NAE_EAOK_eestikeelsed_sunnimeetrikad, lk 84
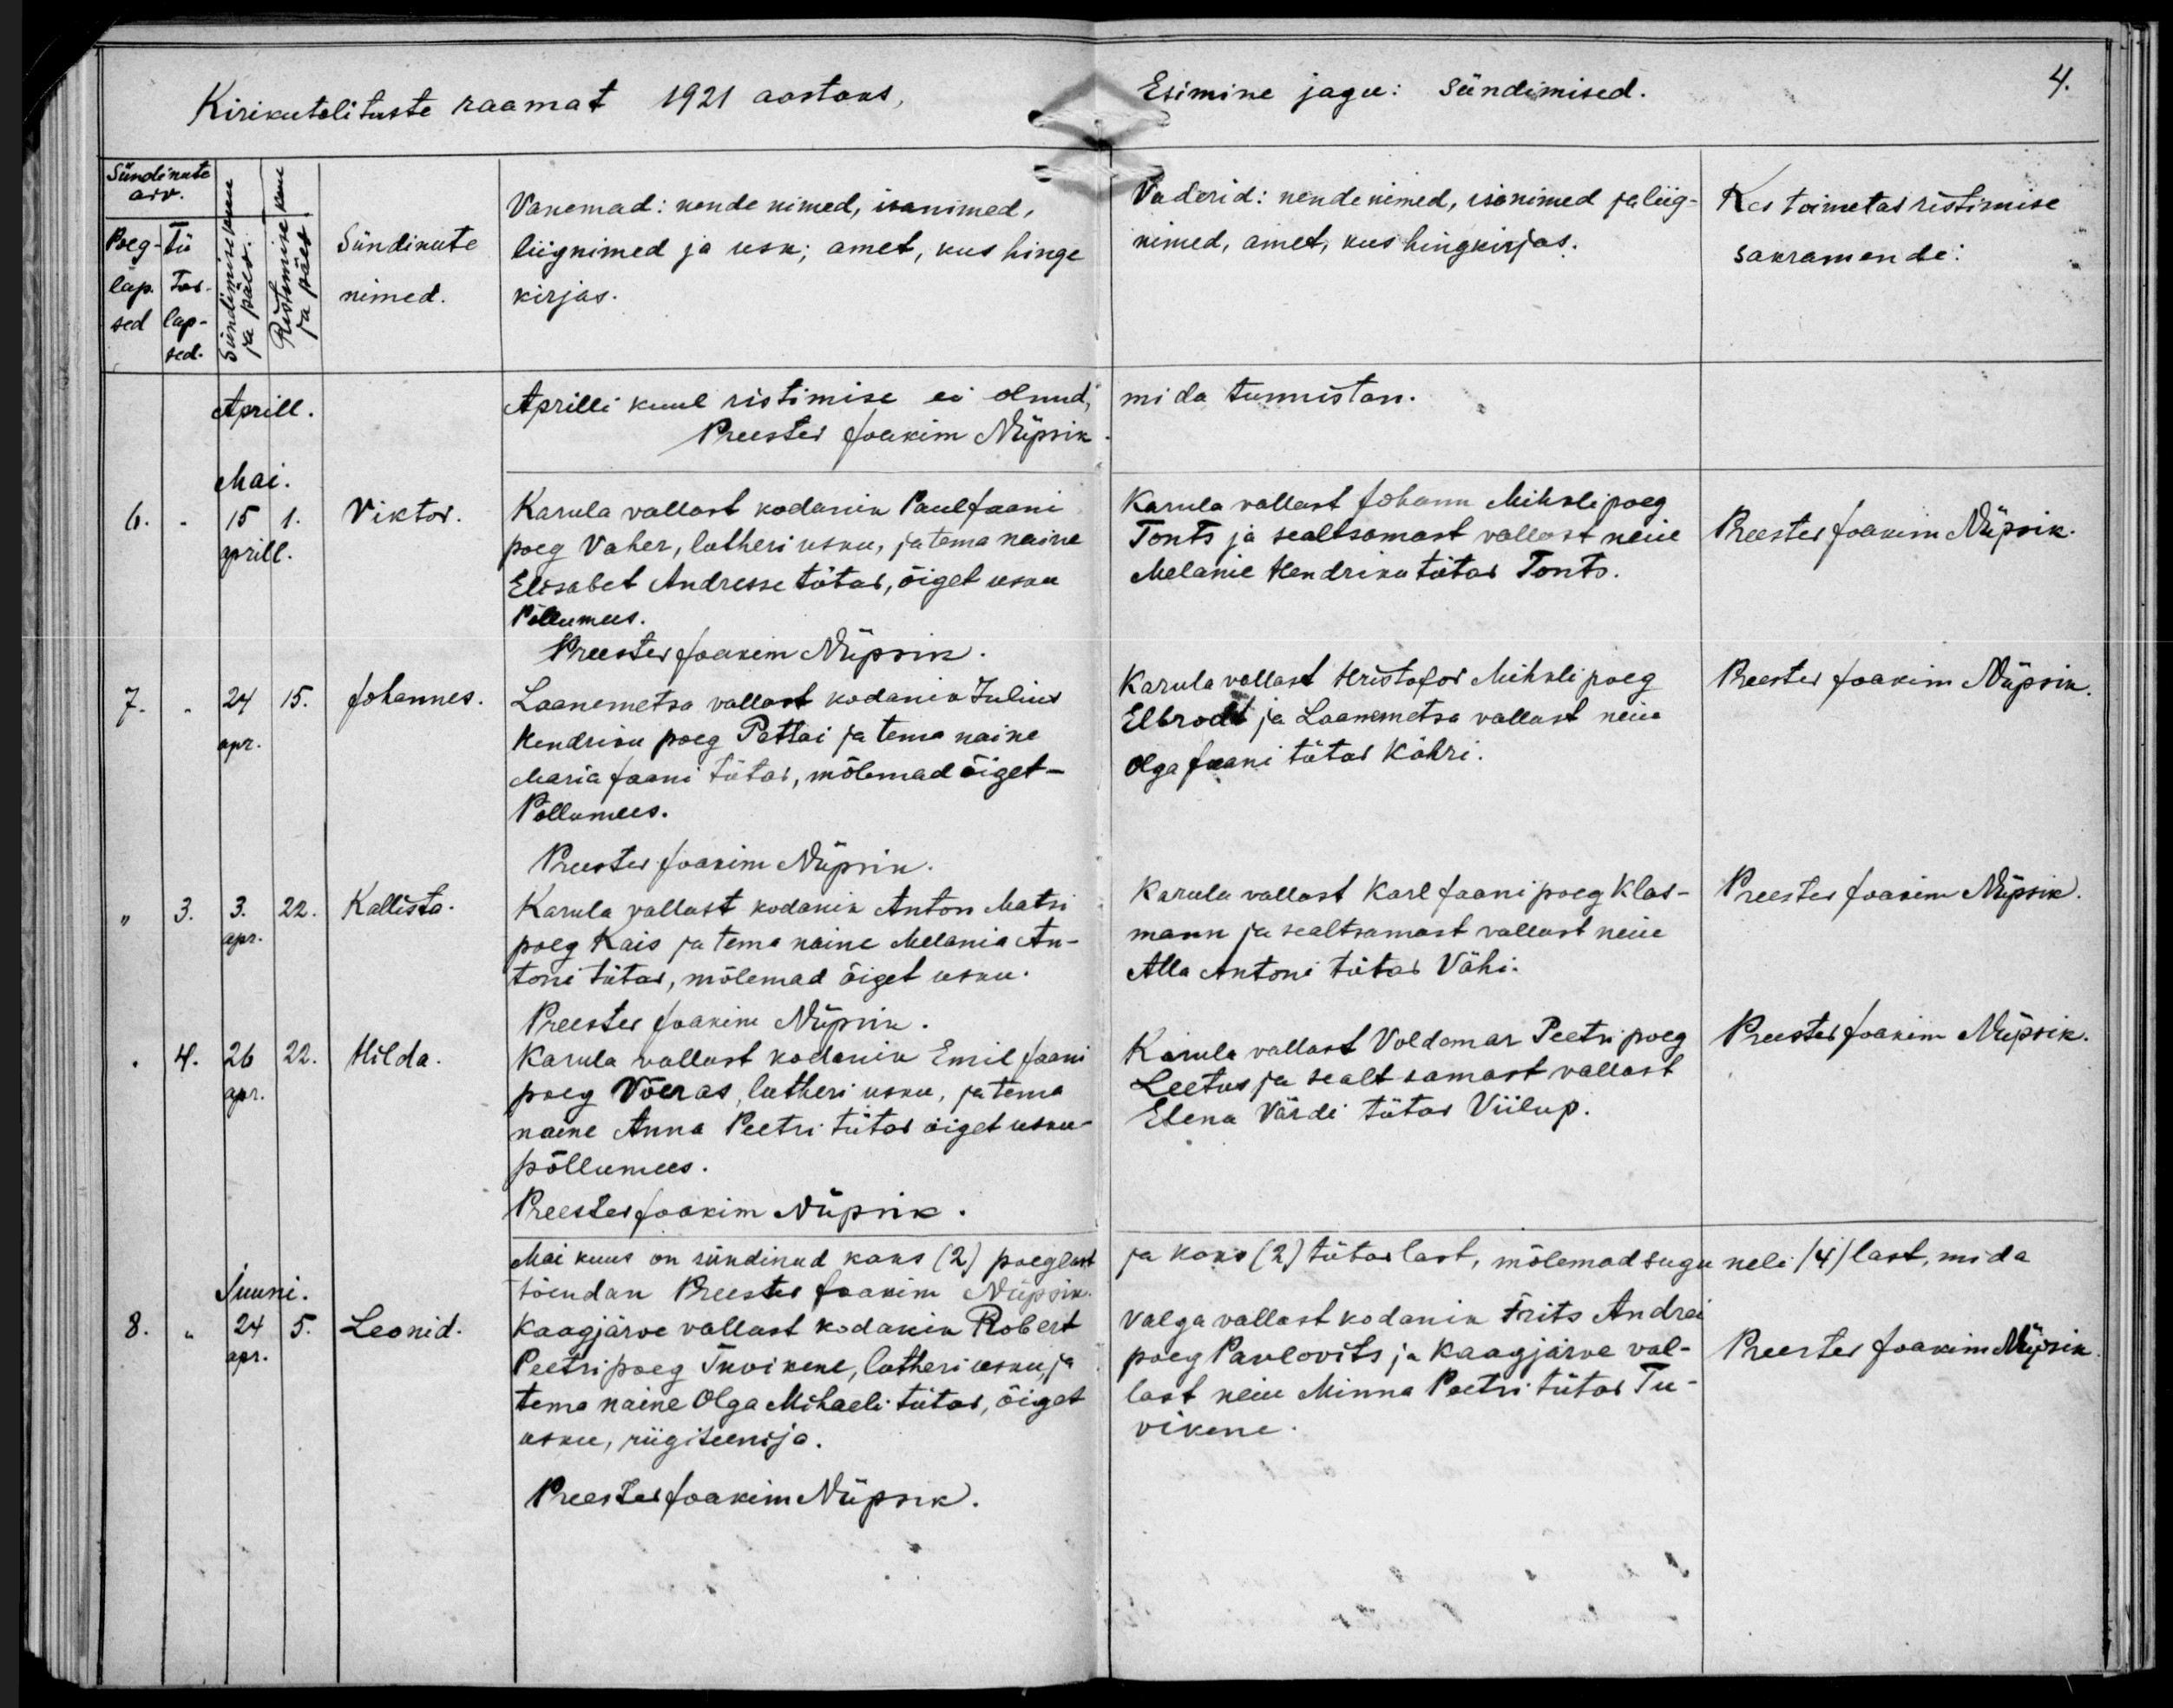
Viktor

Johannes

Kallista

Hilda

Leonid

Karula vallast kodanik Paul Jaani
poeg Vaher, lutheri usku, ja tema naine
Elisabet Andresse tütar, õiget usku
Põllumees.

Laanemetsa vallast kodanik Julius
Hendriku poeg Pettai ja tema naine
Maria Jaani tütar, mõlemad õiget-
Põllumees.

Karula vallast kodanik Anton Matsi
poeg Kais ja tema naine Melania An-
toni tütar, mõlemad õiget usku.

Karula vallast kodanik Emil Jaani
poeg Võeras, lutheri usku, ja tema
naene Anna Peetri tütar õiget usku
põllumees.

Kaagjärve vallast kodanik Robert
Peetri poeg Tuvikene, lutheri usku, ja
tema naine Olga Mihaeli tütar, õiget
usku, riigiteenija.